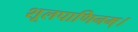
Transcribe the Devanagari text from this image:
शूलपाणिनम्।